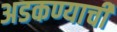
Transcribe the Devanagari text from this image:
अडकण्याची